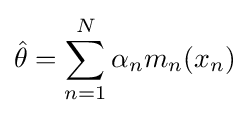
{\hat {\theta }}=\sum \limits _{n=1}^{N}\alpha _{n}m_{n}(x_{n})